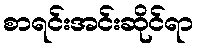
စာရင်းအင်းဆိုင်ရာ